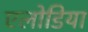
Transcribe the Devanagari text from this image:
एलोडिया